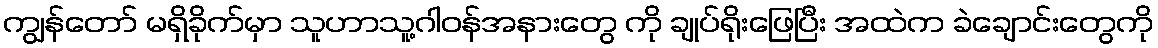
ကျွန်တော် မရှိခိုက်မှာ သူဟာသူ့ဂါဝန်အနားတွေ ကို ချုပ်ရိုးဖြေပြီး အထဲက ခဲချောင်းတွေကို